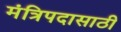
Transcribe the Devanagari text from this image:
मंत्रिपदासाठी